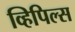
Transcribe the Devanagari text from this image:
व्हिपिल्स